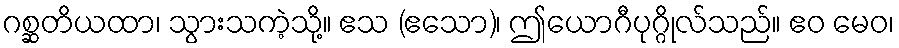
ဂစ္ဆတိယထာ၊ သွားသကဲ့သို့။ ဧသ (ဧသော)၊ ဤယောဂီပုဂ္ဂိုလ်သည်။ ဧဝ မေဝ၊